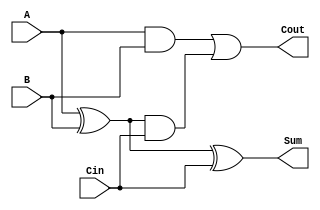
module CarryLookaheadFullAdder (
    input wire A,       // First input bit
    input wire B,       // Second input bit
    input wire Cin,     // Carry input from the previous stage
    output wire Sum,    // Sum output
    output wire Cout    // Carry output to the next stage
);

// Intermediate signals
wire G;  // Generate
wire P;  // Propagate
wire C1; // Intermediate carry

// Generate (G) = A AND B
assign G = A & B;

// Propagate (P) = A XOR B
assign P = A ^ B;

// Carry output (Cout) = G OR (P AND Cin)
assign C1 = G | (P & Cin);

// Final sum calculation
assign Sum = P ^ Cin;

// Final carry output
assign Cout = C1;

endmodule